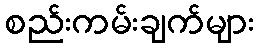
စည်းကမ်းချက်များ